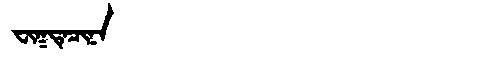
Manchu: ᠸᡳᡴᡨᡝᠴᡳᠨᠠ
Romanization: FIKTECINA